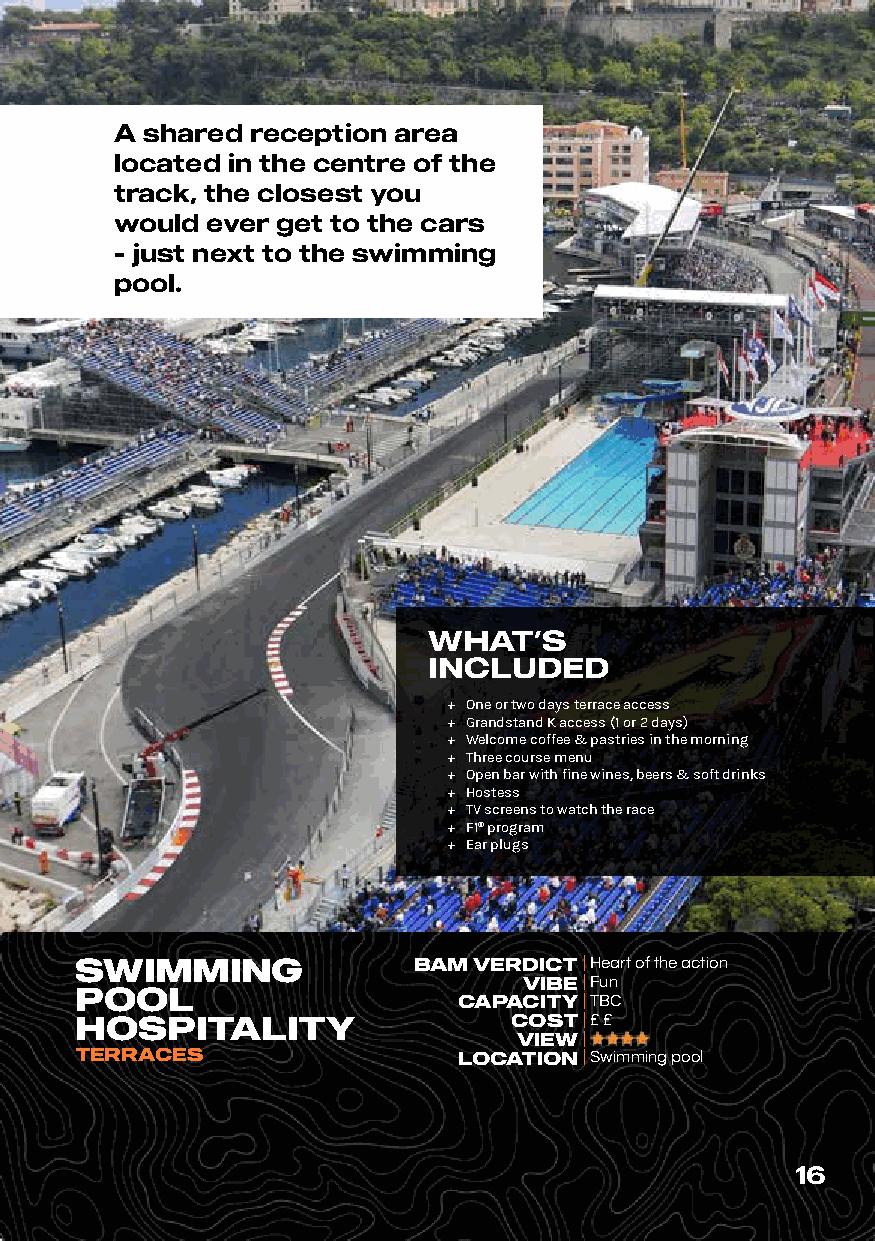
A shared reception area
 located in the centre of the
 track, the closest you
 would ever get to the cars
 - just next to the swimming
 pool.
 WHAT’S
 INCLUDED
 ů One or two days terrace access
 ů Grandstand K access (1 or 2 days)
 ů Welcome coffee & pastries in the morning
 ů Three course menu
 ů Open bar with fine wines, beers & soft drinks
 ů Hostess
 ů TV screens to watch the race
 ů F1® program
 ů Ear plugs
 SWIMMING              BAM VERDICT | Heart of the action
 VIBE| Fun
 POOL
 CAPACITY| TBC
 HOSPITALITY                  COST| £ £
 VIEW|
 TERRACES                 LOCATION| Swimming pool
 16